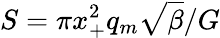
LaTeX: S=\pi x_{+}^{2}q_{m}\sqrt{\beta}/G